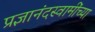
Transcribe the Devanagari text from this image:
प्रज्ञानंदस्वामींच्या